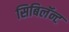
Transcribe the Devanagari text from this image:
सिबिलॅन्ट